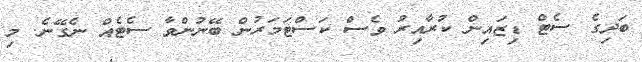
ބަދިގެ ސެޓް ޑިޒައިން ކުރާއިރު ވެސް ކަސްޓަމަރުން ބޭނުންވާ ސެޓެއް ނެގޭނެ. މި